Report of the Indian Hemp Drugs Commission, 1894-1895 - Volume I
Year: 1894
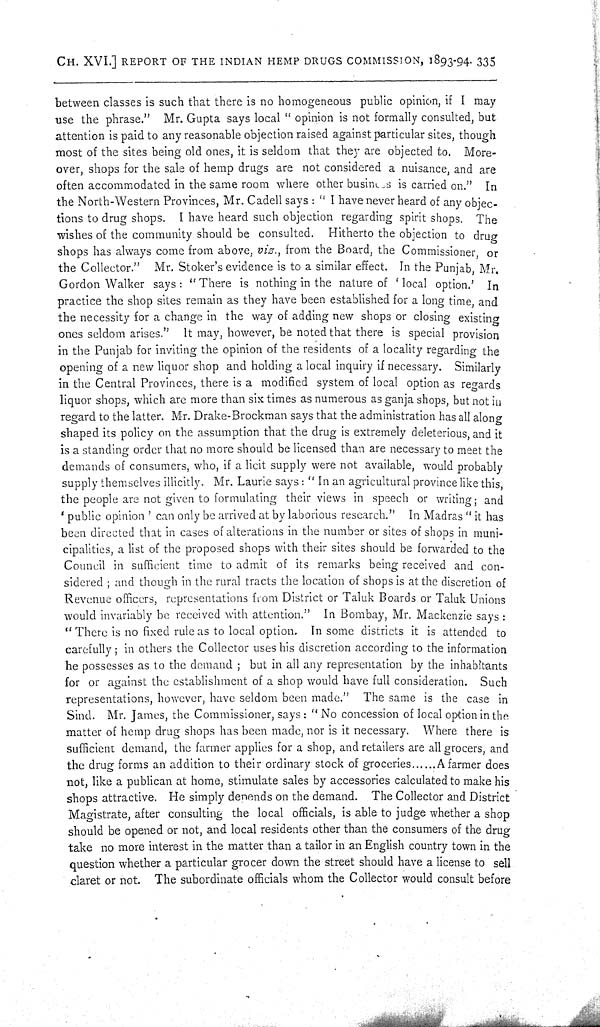
CH. XVI.] REPORT OF THE INDIAN HEMP DRUGS COMMISSION, 1893-94. 335
between classes is such that there is no homogeneous public opinion, if I may
use the phrase." Mr. Gupta says local "opinion is not formally consulted, but
attention is paid to any reasonable objection raised against particular sites, though
most of the sites being old ones, it is seldom that they are objected to. More-
over, shops for the sale of hemp drugs are not considered a nuisance, and are
often accommodated in the same room where other busins is carried on." In
the North-Western Provinces, Mr. Cadell says: "I have never heard of any objec-
tions to drug shops. I have heard such objection regarding spirit shops. The
wishes of the community should be consulted. Hitherto the objection to drug
shops has always come from above, viz., from the Board, the Commissioner, or
the Collector." Mr. Stoker's evidence is to a similar effect. In the Punjab, Mr.
Gordon Walker says: "There is nothing in the nature of 'local option.' In
practice the shop sites remain as they have been established for a long time, and
the necessity for a change in the way of adding new shops or closing existing
ones seldom arises." It may, however, be noted that there is special provision
in the Punjab for inviting the opinion of the residents of a locality regarding the
opening of a new liquor shop and holding a local inquiry if necessary. Similarly
in the Central Provinces, there is a modified system of local option as regards
liquor shops, which are more than six times as numerous as ganja shops, but not in
regard to the latter. Mr. Drake-Brockman says that the administration has all along
shaped its policy on the assumption that the drug is extremely deleterious, and it
is a standing order that no more should be licensed than are necessary to meet the
demands of consumers, who, if a licit supply were not available, would probably
supply themselves illicitly. Mr. Laurie says: "In an agricultural province like this,
the people are not given to formulating their views in speech or writing; and
'public opinion' can only be arrived at by laborious research." In Madras "it has
been directed that in cases of alterations in the number or sites of shops in muni-
cipalities, a list of the proposed shops with their sites should be forwarded to the
Council in sufficient time to admit of its remarks being received and con-
sidered; and though in the rural tracts the location of shops is at the discretion of
Revenue officers, representations from District or Taluk Boards or Taluk Unions
would invariably be received with attention." In Bombay, Mr. Mackenzie says:
"There is no fixed rule as to local option. In some districts it is attended to
carefully; in others the Collector uses his discretion according to the information
he possesses as to the demand; but in all any representation by the inhabitants
for or against the establishment of a shop would have full consideration. Such
representations, however, have seldom been made." The same is the case in
Sind. Mr. James, the Commissioner, says: "No concession of local option in the
matter of hemp drug shops has been made, nor is it necessary. Where there is
sufficient demand, the farmer applies for a shop, and retailers are all grocers, and
the drug forms an addition to their ordinary stock of groceries
A farmer does
not, like a publican at home, stimulate sales by accessories calculated to make his
shops attractive. He simply depends on the demand. The Collector and District
Magistrate, after consulting the local officials, is able to judge whether a shop
should be opened or not, and local residents other than the consumers of the drug
take no more interest in the matter than a tailor in an English country town in the
question whether a particular grocer down the street should have a license to sell
claret or not. The subordinate officials whom the Collector would consult before